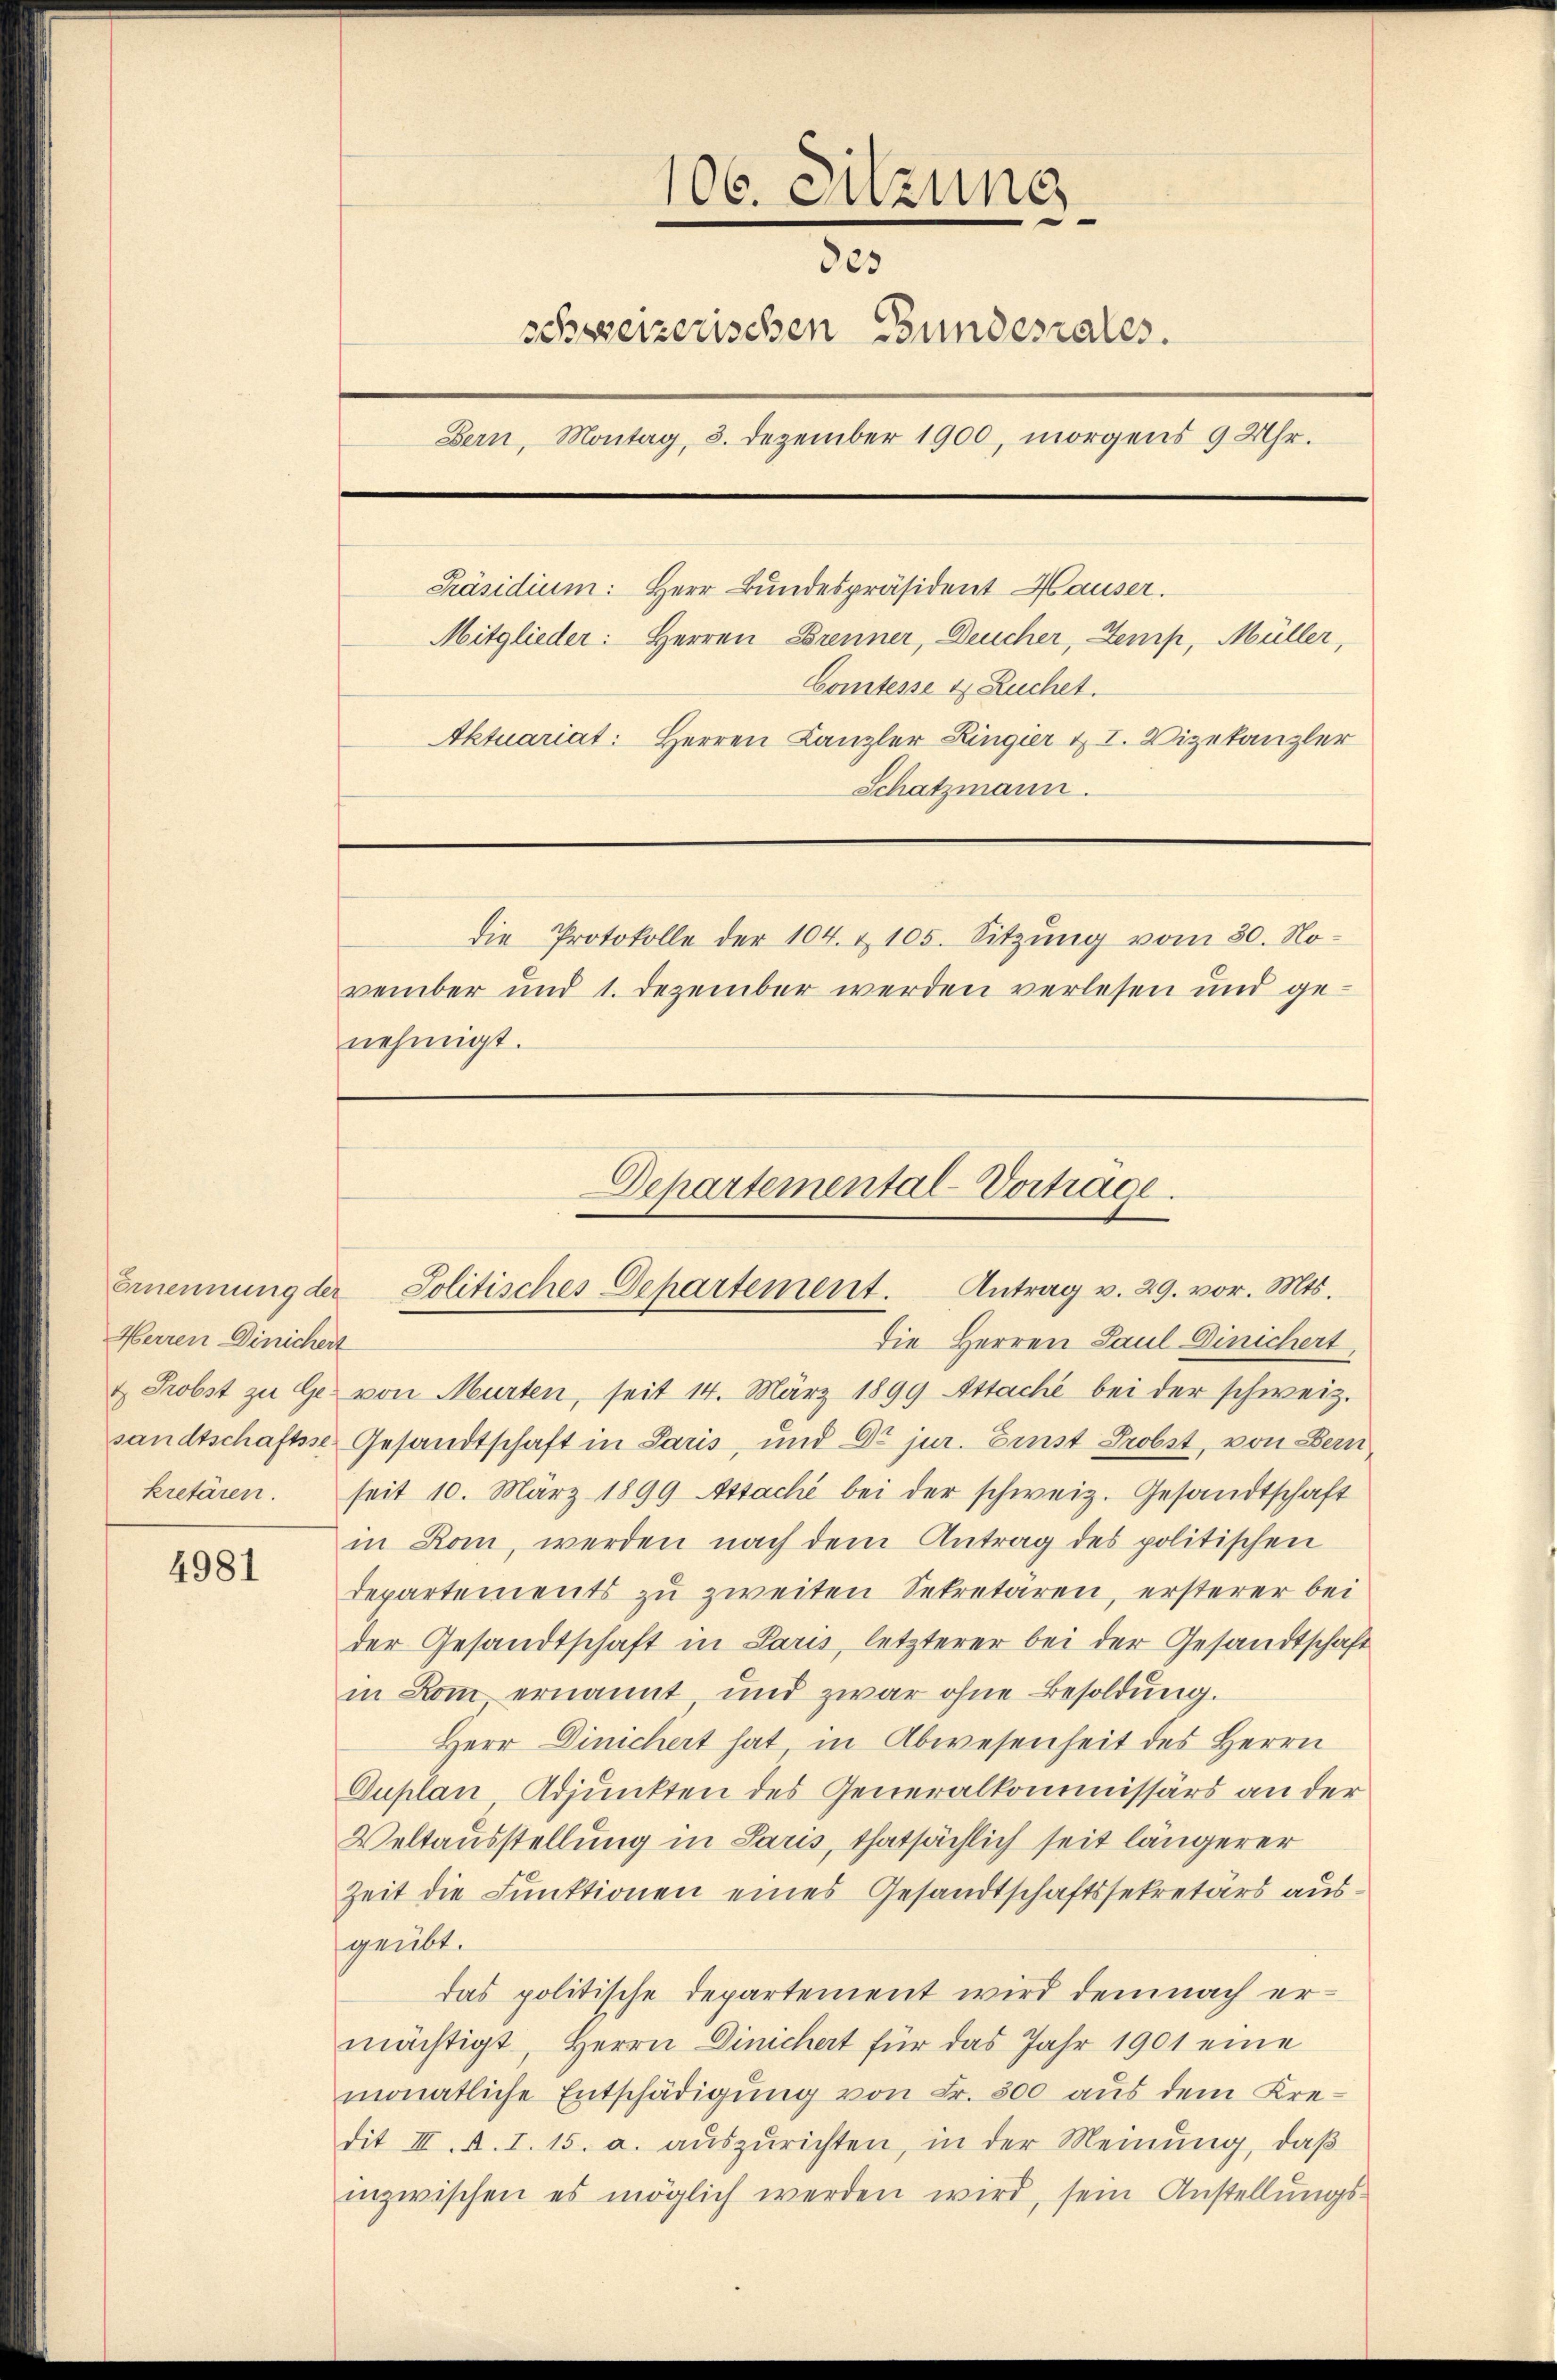
Herren Dinichert

4981

106. Sitzung
323
schweizerischen Bundesrates.
Bern, Montag, 8. Dezember 1900, morgens 9 Uhr.
Präsidium: Herr Bundespräsident Hauser.
Mitglieder: Herren Brenner, Deucher, Semp, Müller,
Comtesse & Ruchet.
Aktuariat: Herren Kanzler Lingier u. I. Vizekanzler
Schatzmann.
die Protokolle der 104. & 105. Sitzung vom 30. November und 1. Dezember werden verlesen und ge-
nehmigt.

Departemental-Vortrage
Antrag v. 29. vor. Mts.

Ernennung der Politisches Departement.
die Herren Paul Dinichert,
& Probst zu Ge von Murten, seit 14. März 1899 Attache bei der schweiz.
sandtschaftsse Gesandtschaft in Paris, und Dr jur. Ernst Probst, von Bern
kretären. seit 10. März 1899 Assache bei der schweiz. Gesandtschaft
in Rom, werden nach dem Antrag des politischen
departements zu zweiten Sekretären, ersterer bei
der Gesandtschaft in Paris, letzterer bei der Gesandtschaft
in Rom ernannt, und zwar ohne Besoldung.
Herr Dinichert hat in Abwesenheit des Herrn
Duplan, Adjunkten des Generalkommissärs an der
Veltausstellung in Paris, thatsächlich seit längerer
Zeit die Funktionen eines Gesandtschaftssekretärs ausgeübt.
das politische Departement wird demnach ermächtigt, Herrn Dinichert für das Jahr 1901 eine
monatliche Entschädigung von Fr. 500 aus dem Kredit III. A. I. 15. a. aŭszŭrichten, in der Meinung, daβ
inzwischen es möglich werden wird, sein Anstellungs¬